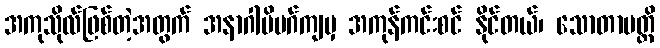
အကုသိုလ်ဖြစ်တဲ့အတွက် အနာဂါမိမဂ်ကျမှ အကုန်ကင်းစင် နိုင်တယ်၊ သောတာပတ္တိ